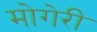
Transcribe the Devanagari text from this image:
मोगेरी